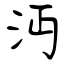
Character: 沔